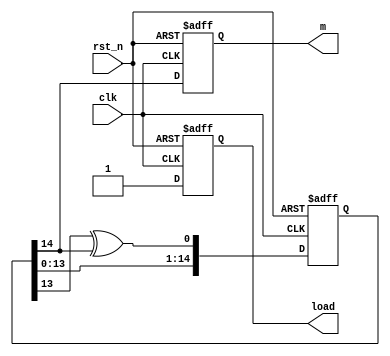
/* 
F(x) = x^15 + x^14 + 1
m_out

*/
 module Mcode(clk,rst_n,m,load);

	input  clk,rst_n;
	output  m,load;
	reg    m_out;

	reg  load;
	reg  [14:0] shift; //152^15-1

	always @(posedge clk or negedge rst_n) begin
		if (!rst_n) begin // 
			m_out <= 1'b0;
			load <= 1'b0;
			shift <= 15'b0111_0111_0111_011;
		end
		else begin // 
			if (clk) begin
				shift <= {shift[13:0], shift[0]};	//shift
				shift[0] <= shift[13] ^ shift[14];  //F(x) = x^15 + x^14 + 1
				load <= 1'b1;
			end
			else begin
				load <= 1'b0;
			end
			m_out <= shift[14];
		end
	end
	
	assign m = m_out;  //
endmodule